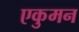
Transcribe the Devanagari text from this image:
एकुमन